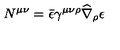
N ^ { \mu \nu } = \bar { \epsilon } \gamma ^ { \mu \nu \rho } \widehat \nabla _ { \rho } \epsilon